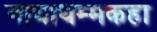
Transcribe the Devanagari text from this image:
नायाधम्मकहा